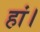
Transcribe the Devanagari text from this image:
हां।